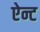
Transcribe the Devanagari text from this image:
ऐन्ट